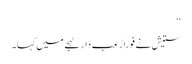
‘‘
ستیش نے فوراً رُعب دار لہجے میں کہا۔